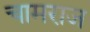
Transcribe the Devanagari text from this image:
चामराज